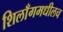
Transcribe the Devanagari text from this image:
शिलाँगमधीलच